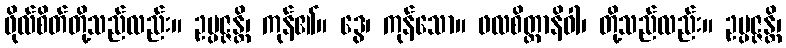
ဖိုလ်စိတ်တို့သည်လည်း။ ဥပ္ပဇ္ဇန္တိ၊ ကုန်၏။ ဒွေ၊ ကုန်သော။ ဖလစိတ္တာနိဝါ၊ တို့သည်လည်း။ ဥပ္ပဇ္ဇန္တိ၊